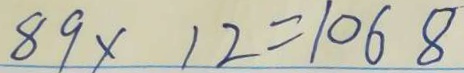
8 9 \times 1 2 = 1 0 6 8